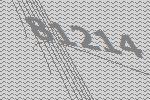
81214